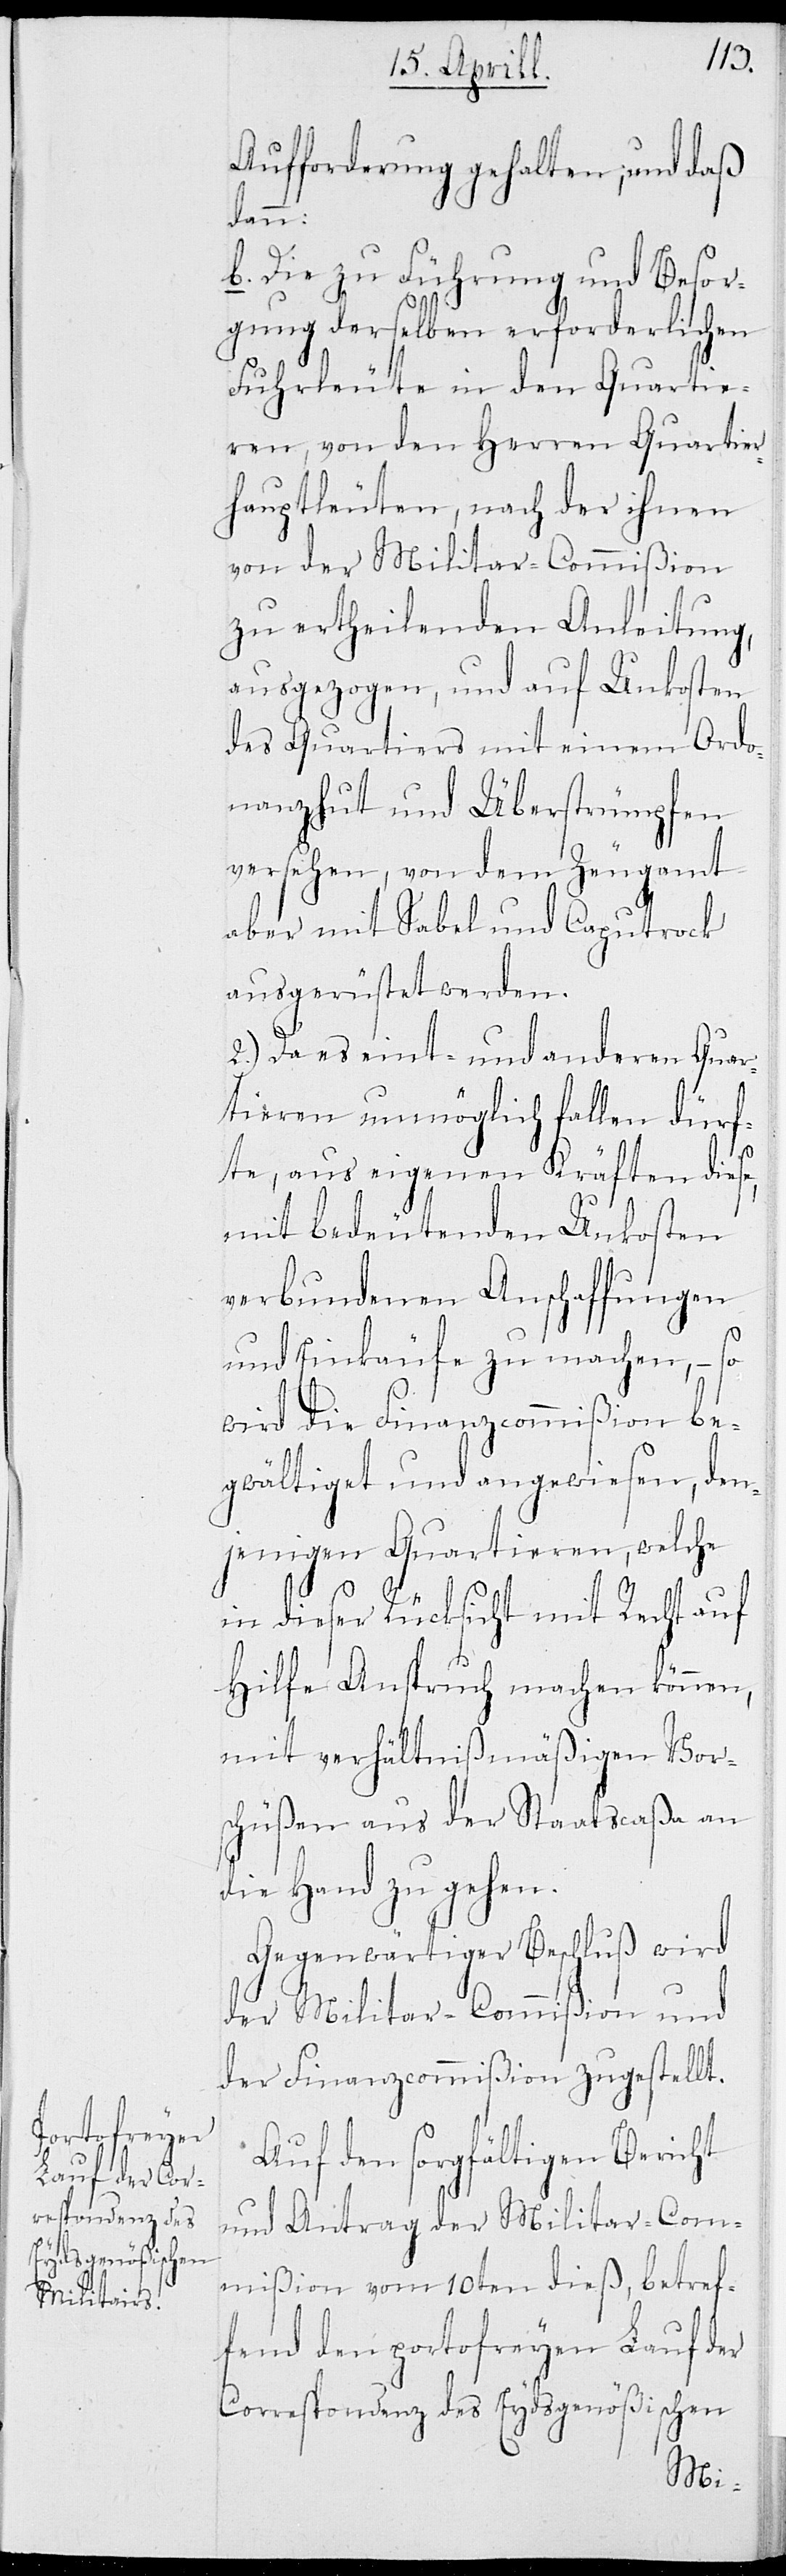
Aufforderung gehalten, und daß
dann:
b. Die zu Führung und Besor¬
gung derselben erforderlichen
Fuhrleute in den Quartie¬
ren, von den Herren Quartier¬
hauptleuten, nach der ihnen
von der Militar-Commißion
zu ertheilenden Anleitung,
ausgezogen, und auf Unkosten
des Quartiers mit einem Ordo¬
nanzhut und Überstrümpfen
versehen, von dem Zeugamt
aber mit Sabel und Caputrock
ausgerüstet werden.
2.) Da es eint- und anderen Quar¬
tieren unmöglich fallen dürf¬
te, aus eigenen Kräften diese,
mit bedeutenden Unkosten
verbundenen Anschaffungen
und Einkäufe zu machen, – so
wird die Finanzcommißion be¬
gwältiget und angewiesen, den¬
jenigen Quartieren, welche
in dieser Rücksicht mit Recht auf
Hilfe Anspruch machen können,
mit verhältnißmäßigen Vors¬
chüßen aus der Staatscaßa
die Hand zu gehen.
Gegenwärtiger Beschluß wird
der Militar-Commißion und
der Finanzcommißion zugestellt.
Auf den sorgfältigen Bericht
und Antrag der Militar-Com¬
mißion vom 10ten dieß, betref¬
fend den portofreyen Lauf der
Correspondenz des Eydsgenößischen
Mi-